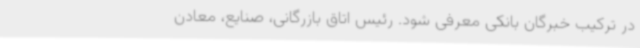
در ترکیب خبرگان بانکی معرفی شود. رئیس اتاق بازرگانی، صنایع، معادن